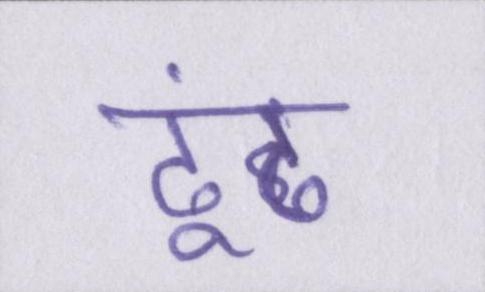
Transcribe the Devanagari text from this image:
ढूंढ